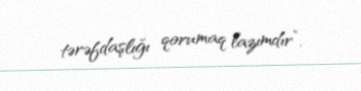
tərəfdaşlığı qorumaq lazımdır”.